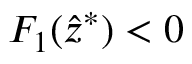
F _ { 1 } ( \hat { z } ^ { * } ) < 0